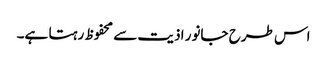
اس طرح جانور اذیت سے محفوظ رہتا ہے۔